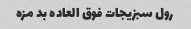
رول سبزیجات فوق العاده بد مزه